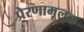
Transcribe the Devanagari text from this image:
प्रेरणामूलक